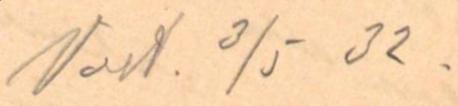
Vast. 3/5 32.